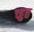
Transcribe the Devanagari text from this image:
च्हुत